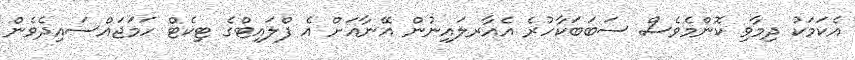
އެކަމަކު ދިމާވި ކޮންމެވެސް ސަބަބަކާހުރެ އެއާރލައިނުން އޭނާއަށް އެ ފްލައިޓްގެ ޓިކެޓް ހަމަޖައްސައިދެވެން